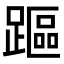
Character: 𨄅